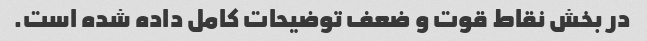
در بخش نقاط قوت و ضعف توضیحات کامل داده شده است.